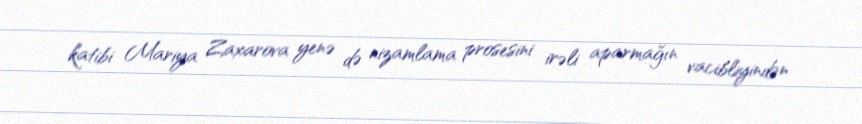
katibi Mariya Zaxarova yenə də nizamlama prosesini irəli aparmağın vacibliyindən